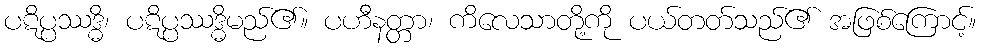
ပဋိပ္ပဿဒ္ဓိ၊ ပဋိပ္ပဿဒ္ဓိမည်၏။ ပဟီနတ္တာ၊ ကိလေသာတို့ကို ပယ်တတ်သည်၏ အဖြစ်ကြောင့်။